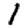
Digit: 1